Riigikantselei, lk 52
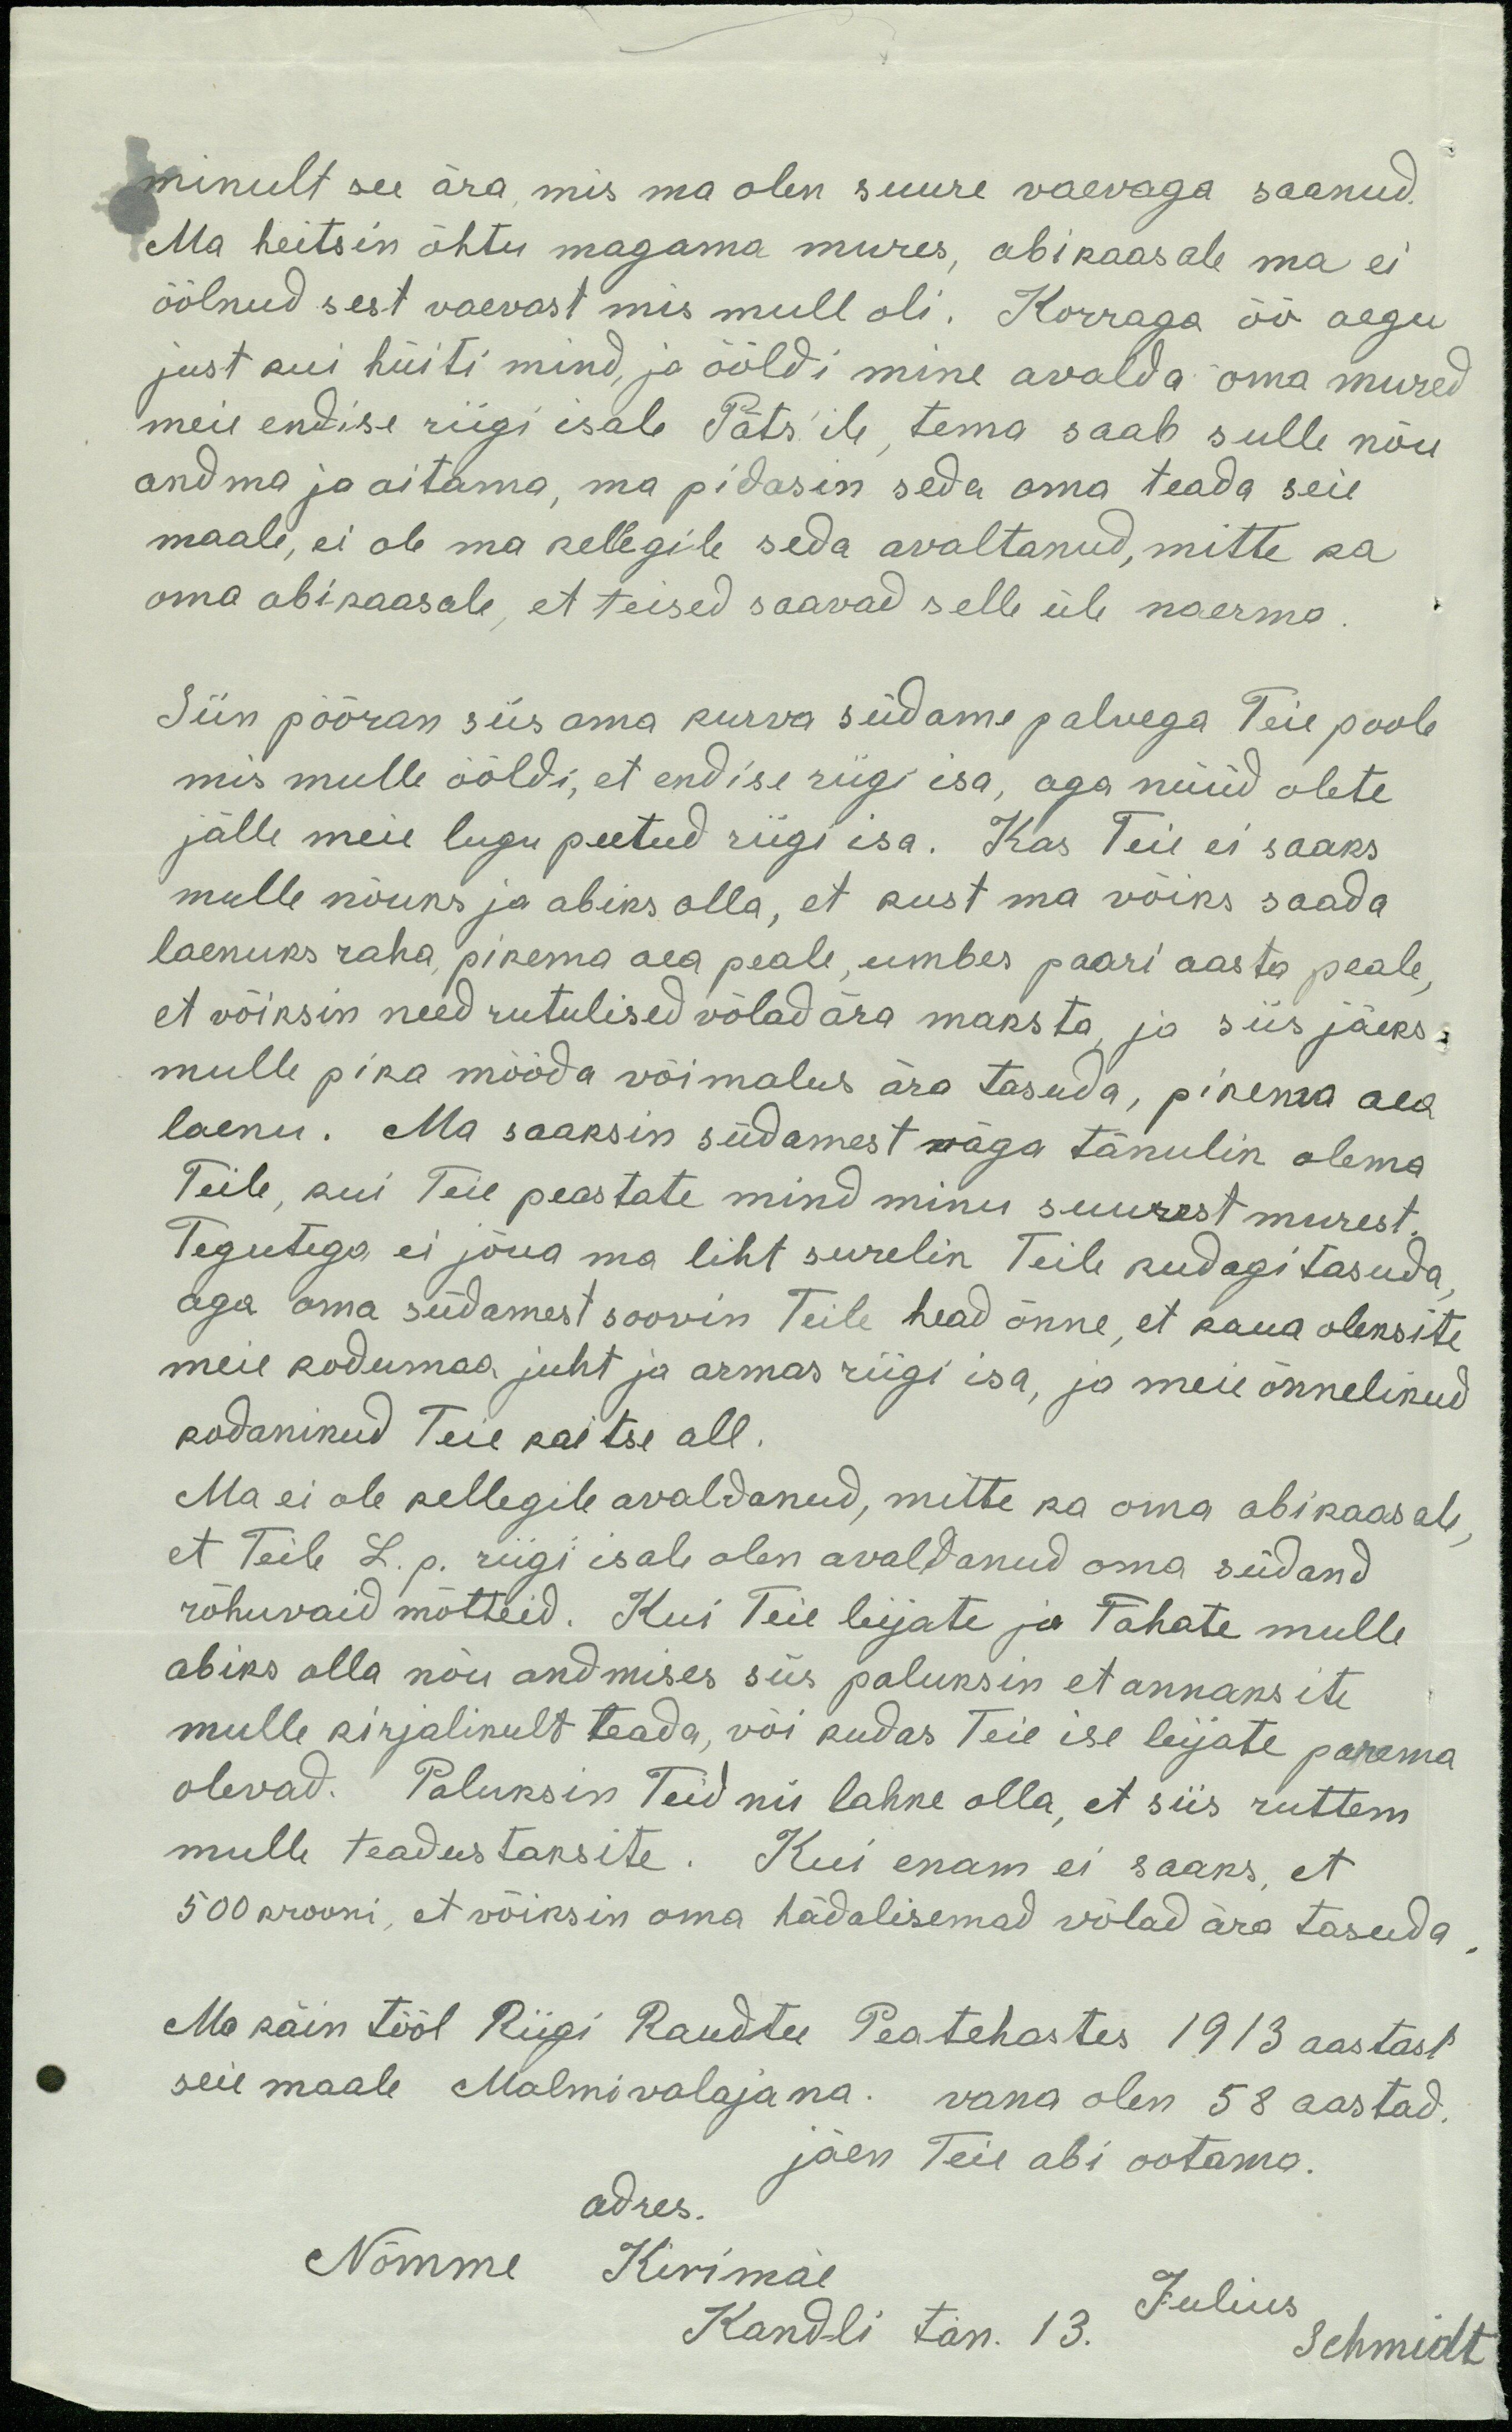
minult see ära, mis ma olen suure vaevaga saanud.
Ma heitsin õhtu magama mures, abikaasale ma ei
öölnud sest vaevast mis mull oli. Korraga öö aegu
just kui hüiti mind, ja ööldi mine avalda oma mured
meie endise riigi isale Pätsile, tema saab sulle nõu
andma ja aitama, ma pidasin seda oma teada seie
maale, ei ole ma kellegile seda avaltanud, mitte ka
oma abikaasale, et teised saavad selle üle naerma
Siin pööran siis oma kurva südame palvega Teie poole
mis mulle ööldi, et endise riigi isa, aga nüüd olete
jälle meie lugu peetud riigi isa. Kas Teie ei saaks
mulle nõuks ja abiks olla, et kust ma võiks saada
laenuks raha pikema aea peale, umbes paari aasta peale
et võiksin need rutulised võlad ära maksta, ja siis jäeks
mulle pika mööda võimalus ära tasuda, pikema aea
laenu. Ma saaksin südamest väga tänulin olema
Teile, kui Teie peastate mind minu suurest murest
Tegutega ei jõua ma liht surelik Teile kudagi tasuda
aga oma südamest soovin Teile head õnne, et kaua oleksite
meie kodumaa juht ja armas riigi isa, ja meie õnnelikud
kodanikud Teie kaitse all.
Ma ei ole sellegile avaldanud, mitte ka oma abikaasale,
et Teile L.p. riigi isale olen avaldanud oma südand
rõhuvaid mõtteid. Kui Teie leijate ja Tahate mulle
abiks olla nõu andmises siis paluksin et annaksite
mulle kirjalikult teada, või kudas Teie ise leijate parema
olevad. Paluksin Teid nii lahke olla, et siis ruttem
mulle teadustaksite. Kui enam ei saaks, et
500 krooni, et võiksin oma hädalisemad wõlad ära tasuda
Mo käin tööl Riigi Raudtee Peatehastes 1913 aastast
seie maale Malmivalajana. vana olen 58 aastad.
jäen Teie abi ootama.
adres.
Nõmme Kivimäe
Kandli tän. 13. Julius.
Schmidt